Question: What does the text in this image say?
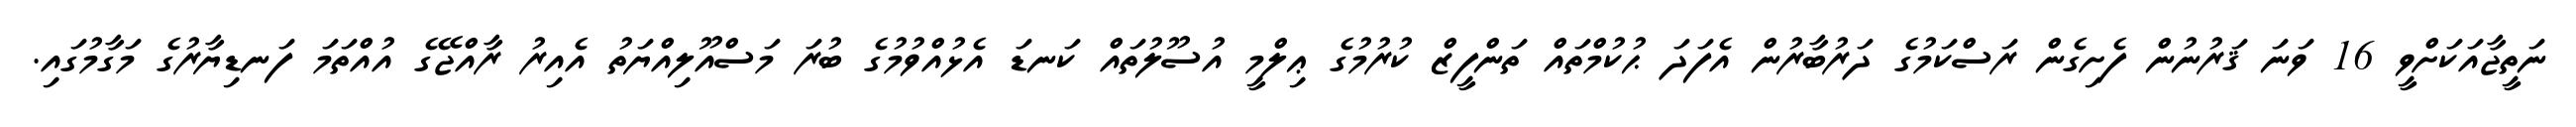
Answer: ނަތީޖާއަކަށްވީ 16 ވަނަ ޤަރުނުން ފެށިގެން ރަސްކަމުގެ ދަރުބާރުން އެފަދަ ޙުކުމްތައް ތަންފީޒް ކުރުމުގެ ޢިލްމީ އުސޫލުތައް ކަނޑަ އެޅުއްވުމުގެ ބުރަ މަސްއޫލިއްޔަތު އެއިރު ރާއްޖޭގެ އުއްތަމަ ފަނޑިޔާރުގެ މަގާމުގައި.